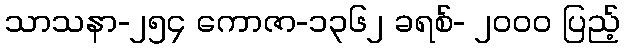
သာသနာ-၂၅၄ ကောဇာ-၁၃၆၂ ခရစ်- ၂၀၀၀ ပြည့်